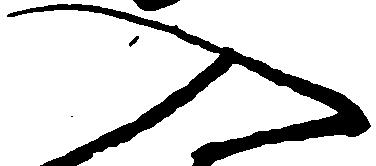
入